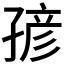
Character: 𰌭